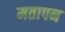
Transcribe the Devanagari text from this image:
मतापन